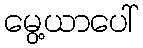
မွေ့ယာပေါ်